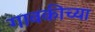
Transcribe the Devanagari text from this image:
गावकीच्या